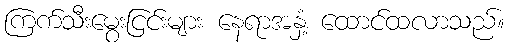
ကြက်သီးမွေးငြင်းများ နေရာအနှံ့ ထောင်ထလာသည်။